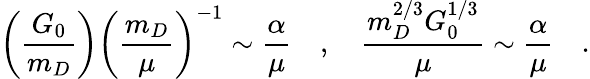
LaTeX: \left(\frac{G_{0}}{m_{D}}\right)\left(\frac{m_{D}}{\mu}\right)^{-1}\sim\frac{\alpha}{\mu}\quad,\quad\frac{m_{D}^{2/3}G_{0}^{1/3}}{\mu}\sim\frac{\alpha}{\mu}\quad.